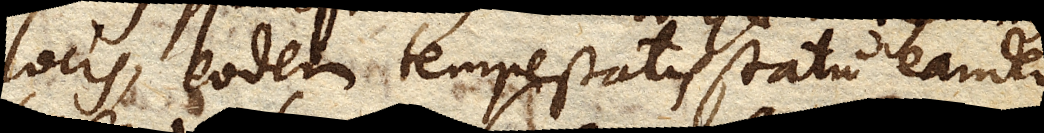
locis, eodem tempestatis statu eandem